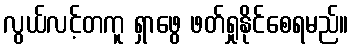
လွယ်လင့်တကူ ရှာဖွေ ဖတ်ရှုနိုင်စေရမည်။